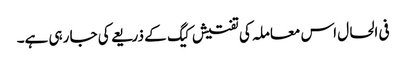
فی الحال اس معاملہ کی تفتیش کیگ کے ذریعے کی جا رہی ہے۔